Vaccination United Provinces of Agra and Oudh 1923-1928 - 1923-1928
Year: 1923
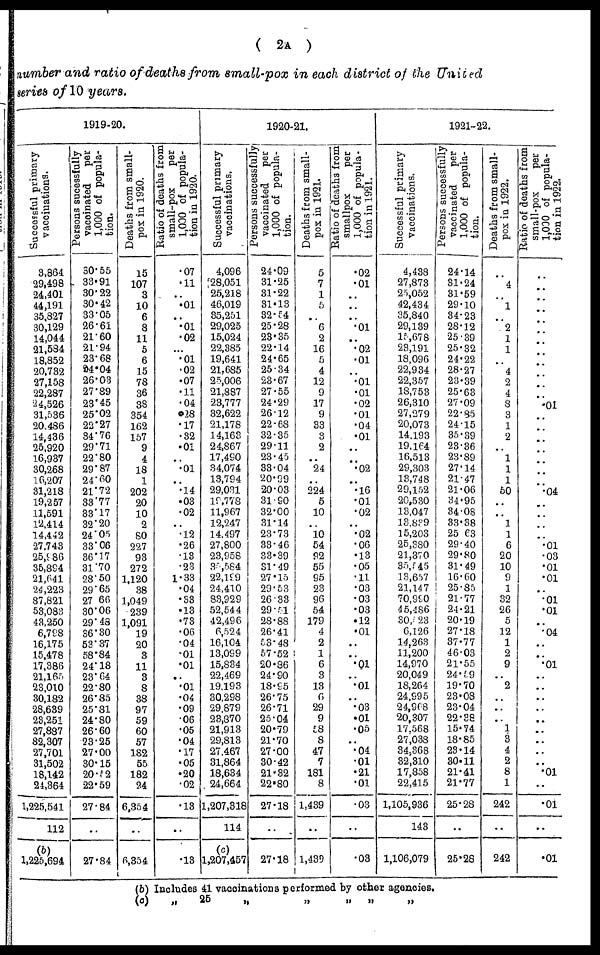
( 2A )
number and ratio of deaths from small-pox in each district of the United
series of 10 years.
1919-20.
Successful primary
vaccinations.
3,864
29,498
24,401
44,191
35,827
30,129
14,044
21,584
18,852
20,782
27,158
22,287
24,526
31,536
20,486
14,436
25,920
16,937
30,268
16,207
31,218
19,257
11,591
12,414
14,442
27,743
25,986
35,894
21,641
24,223
87,821
53,083
43,250
6,798
16,175
15,478
17,386
21,165
23,010
30,182
28,639
23,251
27,887
82,307
27,701
31,502
18,142
24,364
1,225,541
112
(b)
1,225,694
Persons sucessfully
vaccinated
per
1,000 of popula-
tion.
30.55
33.91
30.22
30.42
33.05
26.61
21.60
21.94
23.68
94.04
26.03
27.89
23.45
25.02
22.27
34.76
29.71
22.80
29.87
24.60
21.72
33.77
33.17
32.20
24.05
33.06
36.17
31.70
28.50
29.65
27.66
30.06
29.48
36.30
53.37
58.84
24.18
23.64
22.80
26.85
25.31
24.80
26.60
23.25
27.00
30.15
20.52
22.59
27.84
..
27.84
Deaths from small-
pox in 1920.
15
107
3
10
6
8
11
5
6
15
78
36
38
354
162
157
9
4
18
1
202
20
10
2
80
227
93
272
1,120
38
1,049
239
1,091
19
20
3
11
3
8
38
97
59
60
57
182
55
182
24
6,354
..
6,354
Ratio of deaths from
small-pox
per
1,000 of popula-
tion in 1920.
.07
.11
..
.01
..
.01
.02
...
.01
.02
.07
.11
.04
.28
.17
.32
.01
..
.01
..
.14
. 03
.02
..
.12
.26
.13
.23
1.33
.04
.33
.13
.73
.06
.04
.01
.01
..
.01
.04
.09
.06
.05
.04
.17
.05
.20
.02
.13
..
.13
1920-21.
Successful primary
vaccinations.
4,096
28,051
25,218
46,019
35,251
29,025
15,024
22,385
19,641
21,685
25,006
21,887
23,777
32,622
21,178
14,163
24,867
17,490
34,074
13,794
29,031
19,778
11,967
12,247
14,497
27,800
23,958
35,584
22.199
24,410
83,929
52,544
42,496
6,524
16,104
13,099
15,834
22,469
19,193
30,298
29,879
23,870
21,913
29,813
27,467
31,864
18,634
24,664
1,207,318
114
(c)
1,207,457
Persons successfully
vaccinated
per
1,000 of popula-
tion.
24.09
31.25
31.22
31.13
32.54
25.28
23.35
22.14
24.65
25.34
23.67
27.55
24.29
26.12
22.68
32.35
29.11
23.45
33.04
20.99
20.03
31.90
32.00
31.14
23.73
33.46
33.39
31.49
27.15
29.53
26.33
29 .51
28.88
26.41
53.48
57.52
20.86
24.90
18.95
26.75
26.71
25.04
20.79
21.70
27.00
30.42
21.32
22.80
27.18
..
27.18
Deaths from small-
pox in 1921.
5
7
1
5
..
6
2
16
5
4
12
9
17
9
33
3
2
..
24
..
224
5
10
..
10
54
92
55
95
23
96
54
179
4
2
1
6
3
13
6
29
9
58
8
47
7
181
8
1,439
..
1,439
Ratio of deaths from
smallpox
per
1,000 of popula-
tion in 1921.
.02
.01
..
..
..
.01
..
.02
.01
..
.01
.01
.02
.01
.04
.01
..
..
.02
..
.16
.01
.02
..
.02
.06
.13
.05
.11
.03
.03
.03
.12
.01
..
..
.01
..
.01
..
.03
.01
.05
..
.04
.01
.21
.01
.03
..
.03
1921-22.
Successful primary
vaccinations.
4, 438
27,873
25,052
42,434
35,840
29,139
15,678
23,191
18,096
22,934
22,357
18,753
26,310
27,279
20,073
14,193
19,164
16,513
29,303
13,748
29,152
20,530
13,047
13,839
15,203
25,380
21,370
35,545
13,657
21,147
70,990
45,486
30,523
6,126
14,263
11,200
14,970
20,049
18,264
24,995
24,968
20,307
17,568
27,038
34,368
32,310
17,858
22,415
1,105,936
143
1,106,079
Persons successfully
vaccinated
per
1,000 of popula-
tion.
24.14
31.24
31.59
29.10
34.23
28.12
25.39
25.32
24.22
28.27
23.39
25.63
27.09
22.85
24.15
35.39
23.36
23.89
27.14
21.47
21.06
34.95
34.08
33.38
25.63
29.40
29.80
31.49
16.60
25.85
21.77
24.21
20.19
27.18
37.77
46.03
21.55
24.59
19.70
23.08
23.04
22.38
15.74
18.85
23.14
30.11
21.41
21.77
25.28
..
25.28
Deaths from small-
pox in 1922.
..
4
..
1
..
2
1
1
..
4
2
4
8
3
1
2
..
1
1
1
50
..
..
1
1
6
20
10
9
1
32
26
5
12
1
2
9
..
2
..
..
..
1
3
4
2
8
1
242
..
242
Ratio of deaths from
small-pox
per
1,000 of popula-
tion in 1922.
..
..
..
..
..
..
..
..
..
..
..
..
.01
..
..
..
..
..
..
..
.04
..
..
..
..
.01
.03
.01
.01
..
.01
.01
..
.04
..
..
.01
..
..
..
..
..
..
..
..
..
.01
..
.01
..
.01
(b)
(c)
Includes 41 vaccinations performed by other agencies.
„ 25 „ „ „ „ „